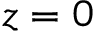
z = 0